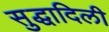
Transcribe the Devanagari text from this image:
सुद्धादिली